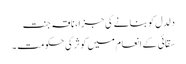
دلدل کو بنانے کی جزا، ناقہ جنت
سقائی کے انعام میں کوثر کی حکومت ۔